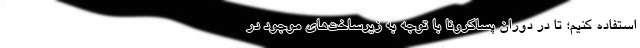
استفاده کنیم؛ تا در دوران پساکرونا با توجه به زیرساخت‌های موجود در